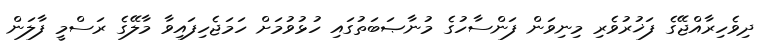
ދިވެހިރާއްޖޭގެ ފަޚުރުވެރި މިނިވަން ފަންސާހުގެ މުނާޞަބަތުގައި ހުޅުވުމަށް ހަމަޖެހިފައިވާ މާލޭގެ ރަސްމީ ފާލަން